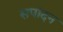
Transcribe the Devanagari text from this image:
सपांदन